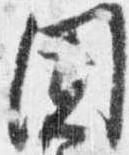
闍